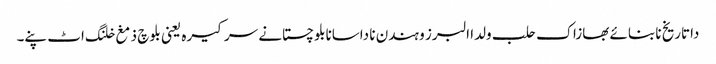
داتاریخ نا بنائے بھازاک حلب ولدا البرز و ہندن نا داسانابلوچستانے سرکیرہ یعنی بلوچ ذمغ خلنگ اٹ پنے۔